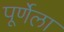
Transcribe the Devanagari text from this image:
पूर्णेला